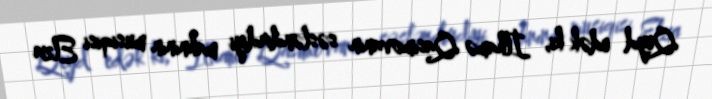
Qeyd edək ki, İlhamə Qasımovanın səsləndirdiyi mahnının musiqisi Elza